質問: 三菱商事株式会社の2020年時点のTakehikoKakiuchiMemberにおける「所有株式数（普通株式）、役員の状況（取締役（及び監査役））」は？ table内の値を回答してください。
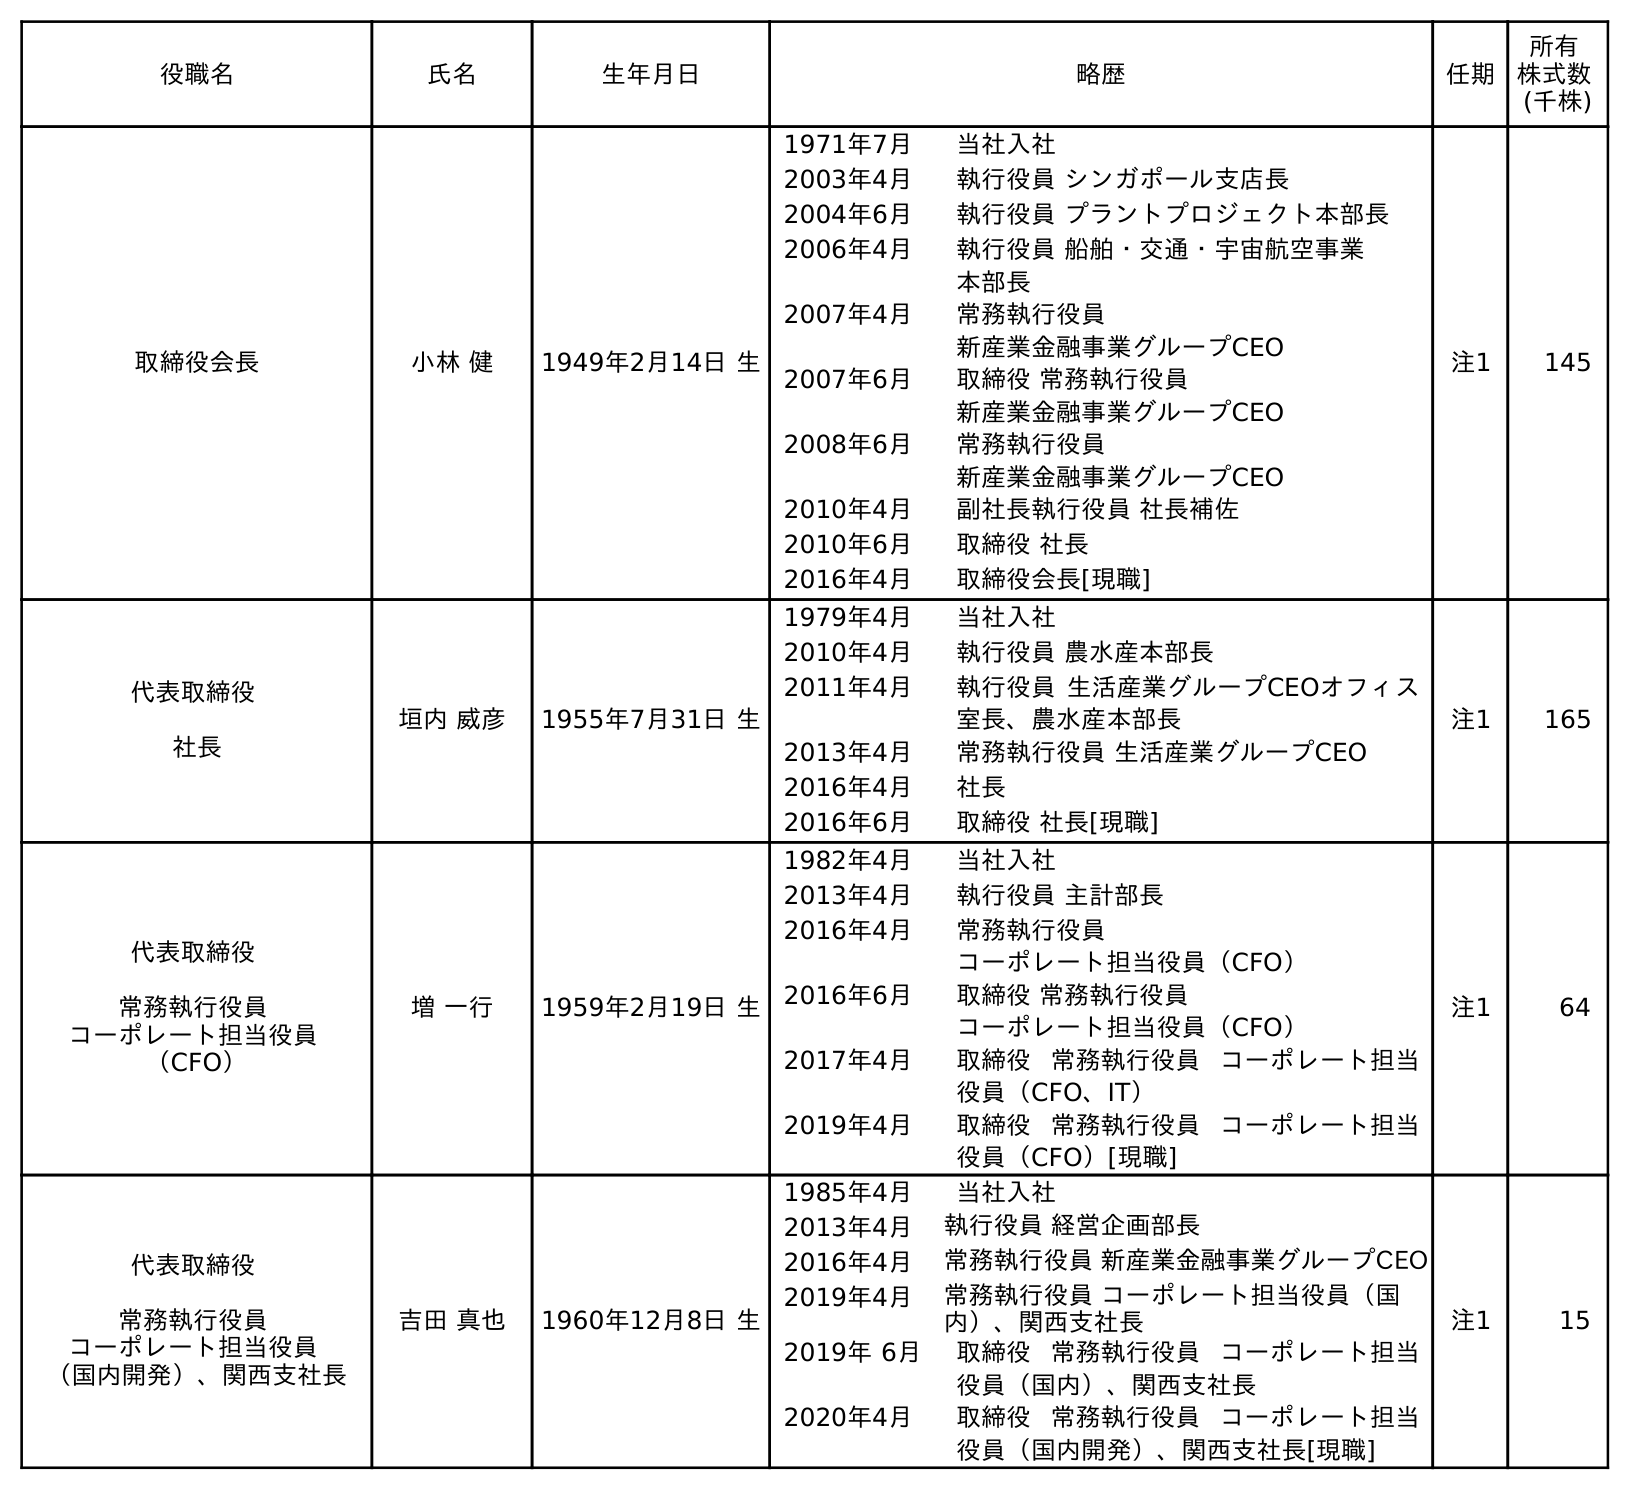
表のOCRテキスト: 役職名 氏名 生年月日 略歴 任期 所有 株式数 (千株) 取締役会長 小林 健 1949年2月14日 生 1971年7月 当社入社 2003年4月 執行役員 シンガポール支店長 2004年6月 執行役員 プラントプロジェクト本部長 2006年4月 執行役員 船舶・交通・宇宙航空事業 本部長 2007年4月 常務執行役員 新産業金融事業グループCEO 2007年6月 取締役 常務執行役員 新産業金融事業グループCEO 2008年6月 常務執行役員 新産業金融事業グループCEO 2010年4月 副社長執行役員 社長補佐 2010年6月 取締役 社長 2016年4月 取締役会長[現職] 注1 145 代表取締役 社長 垣内 威彦 1955年7月31日 生 1979年4月 当社入社 2010年4月 執行役員 農水産本部長 2011年4月 執行役員 生活産業グループCEOオフィス 室長、農水産本部長 2013年4月 常務執行役員 生活産業グループCEO 2016年4月 社長 2016年6月 取締役 社長[現職] 注1 165 代表取締役 常務執行役員 コーポレート担当役員 （CFO） 増 一行 1959年2月19日 生 1982年4月 当社入社 2013年4月 執行役員 主計部長 2016年4月 常務執行役員 コーポレート担当役員（CFO） 2016年6月 取締役 常務執行役員 コーポレート担当役員（CFO） 2017年4月 取締役 常務執行役員 コーポレート担当 役員（CFO、IT） 2019年4月 取締役 常務執行役員 コーポレート担当 役員（CFO）[現職] 注1 64 代表取締役 常務執行役員 コーポレート担当役員 （国内開発）、関西支社長 吉田 真也 1960年12月8日 生 1985年4月 当社入社 2013年4月 執行役員 経営企画部長 2016年4月 常務執行役員 新産業金融事業グループCEO 2019年4月 常務執行役員 コーポレート担当役員（国 内）、関西支社長 2019年 6月 取締役 常務執行役員 コーポレート担当 役員（国内）、関西支社長 2020年4月 取締役 常務執行役員 コーポレート担当 役員（国内開発）、関西支社長[現職] 注1 15
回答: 165